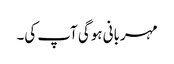
مہربانی ہوگی آپ کی۔